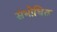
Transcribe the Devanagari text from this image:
संभोधित